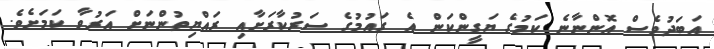
އަބަދުވެސް އޮންނާނެ ކަމުގެ ޔަގީންކަން އެ ގަައުމުގެ ސަރުކާރަށާއި ރައްޔިތުންނަށް އަރުވާ ކަމަށެވެ.